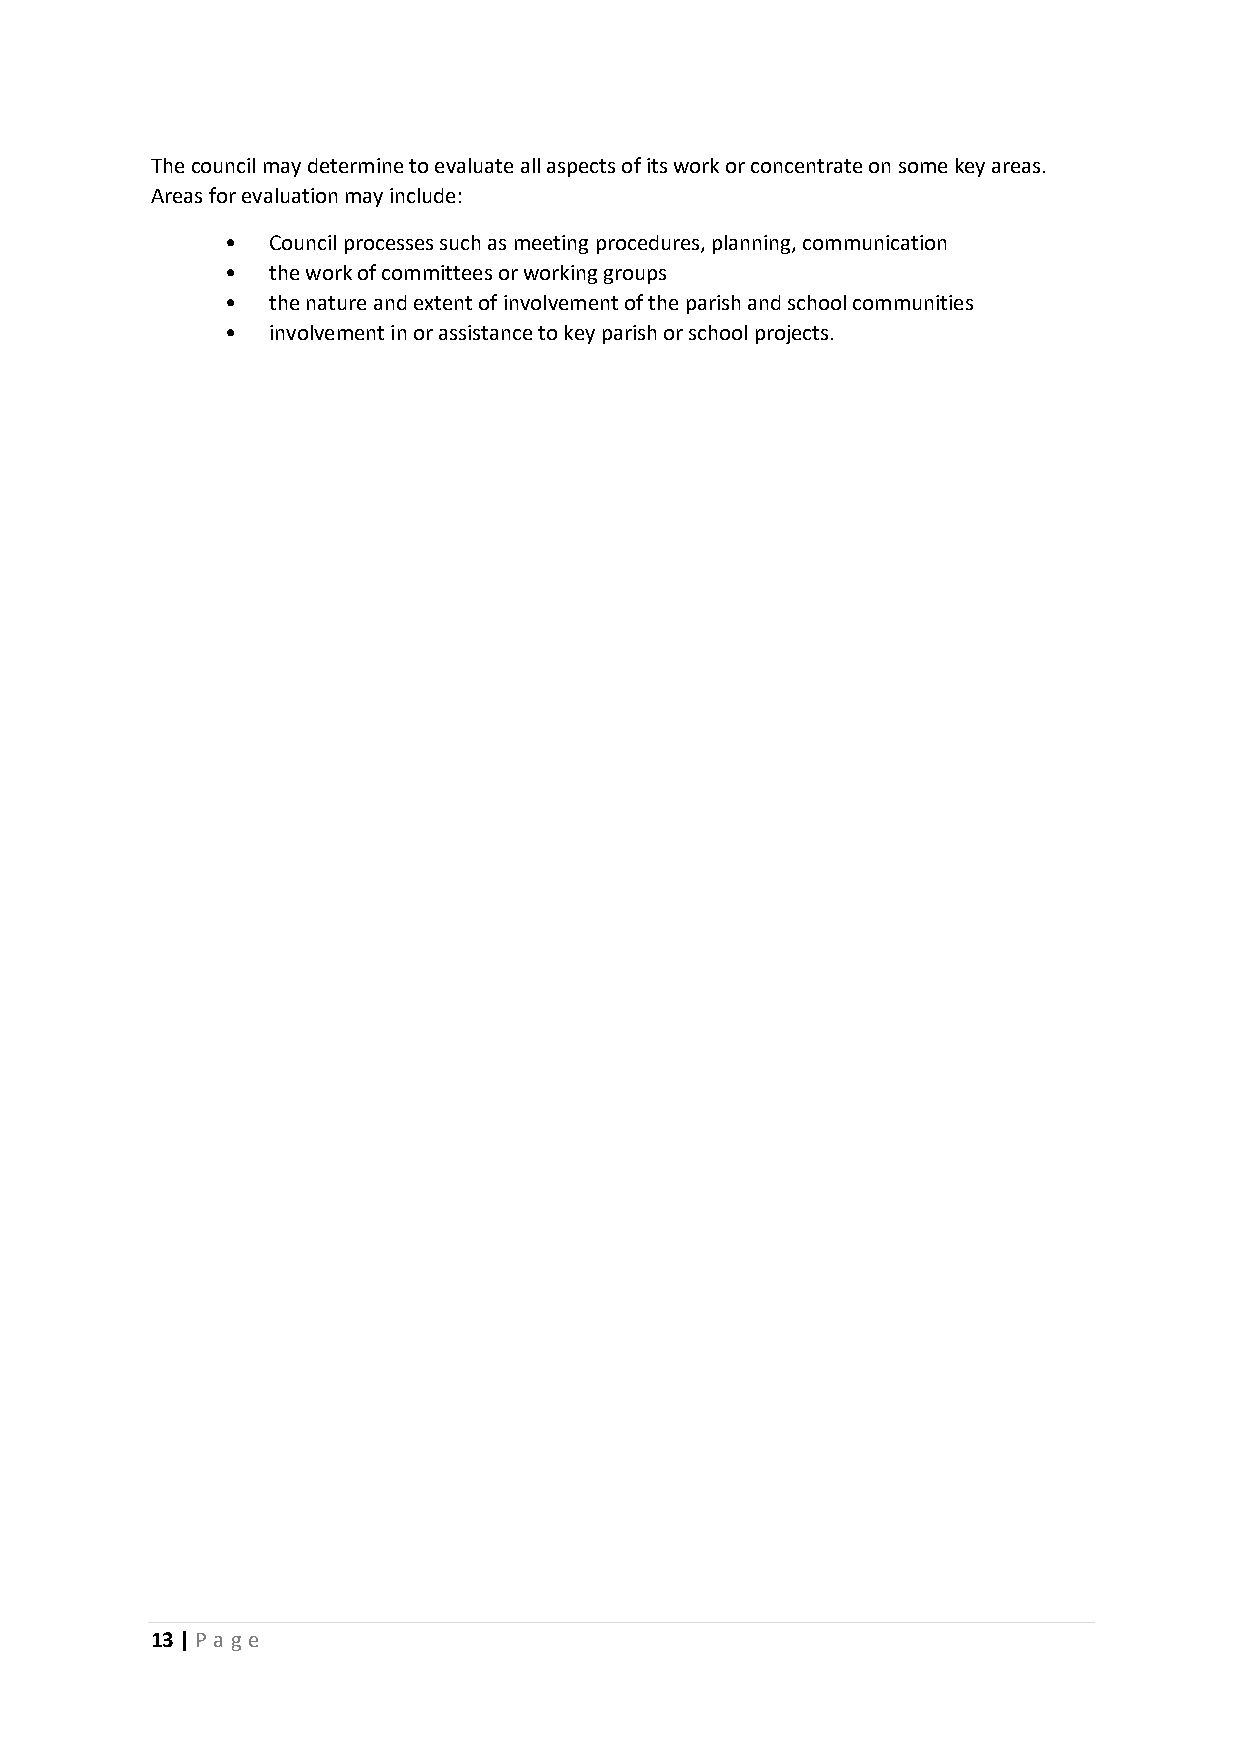
The council may determine to evaluate all aspects of its work or concentrate on some key areas.
 Areas for evaluation may include:
 •  Council processes such as meeting procedures, planning, communication
 •  the work of committees or working groups
 •  the nature and extent of involvement of the parish and school communities
 •  involvement in or assistance to key parish or school projects.
 13 | Page